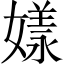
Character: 𡡂